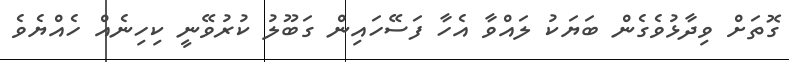
ގޮތަށް ވިދާޅުވެގެން ބަޔަކު ލައްވާ އެހާ ފަސޭހައިން ގަބޫލު ކުރުވޭނީ ކިހިނެއް ހެއްޔެވެ